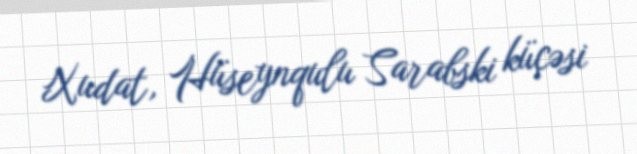
Xudat, Hüseynqulu Sarabski küçəsi